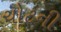
ચોટની